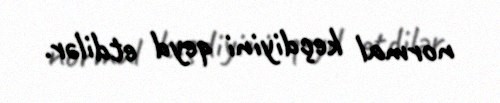
normal keçdiyini qeyd etdilər.